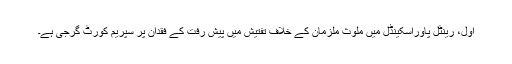
اول، رینٹل پاوراسکینڈل میں ملوث ملزمان کے خلاف تفتیش میں پیش رفت کے فقدان پر سپریم کورٹ گرجی ہے۔